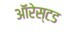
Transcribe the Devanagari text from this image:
ऑरेस्टड